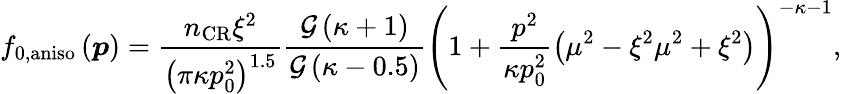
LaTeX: f_{0,\mathrm{aniso}}\left(\boldsymbol{p}\right)=\frac{n_{\mathrm{CR}}\xi^{2}}{\left(\pi\kappa p_{0}^{2}\right)^{1.5}}\frac{\mathcal{G}\left(\kappa+1\right)}{\mathcal{G}\left(\kappa-0.5\right)}\left(1+\frac{p^{2}}{\kappa p_{0}^{2}}\left(\mu^{2}-\xi^{2}\mu^{2}+\xi^{2}\right)\right)^{-\kappa-1},